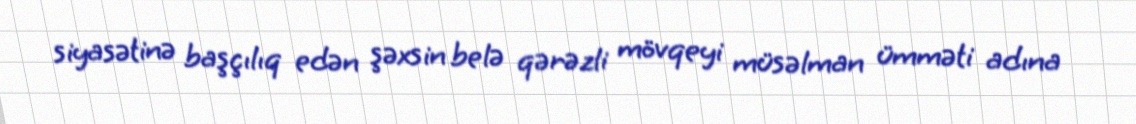
siyasətinə başçılıq edən şəxsin belə qərəzli mövqeyi müsəlman ümməti adına